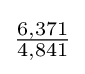
{\tfrac {6,371}{4,841}}